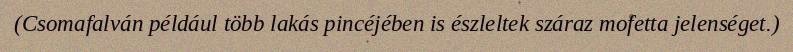
(Csomafalván például több lakás pincéjében is észleltek száraz mofetta jelenséget.)